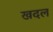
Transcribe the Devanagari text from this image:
खदल